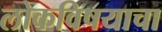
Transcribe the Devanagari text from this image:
लोकविषयाचा